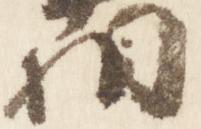
相